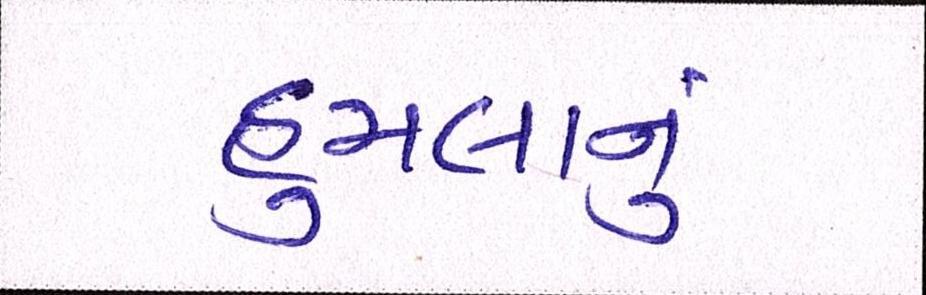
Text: હુમલાનું